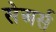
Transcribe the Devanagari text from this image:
सेअर्स